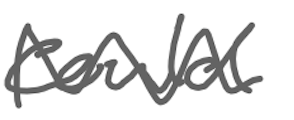
Text: could
Cross-out: wave
Writing tool: digital_gray